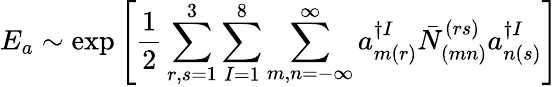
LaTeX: E_{a}\sim\exp\left[\frac{1}{2}\sum_{r,s=1}^{3}\sum_{I=1}^{8}\sum_{m,n=-\infty}^{\infty}a_{m(r)}^{\dagger I}\bar{N}_{(mn)}^{(rs)}a_{n(s)}^{\dagger I}\right]